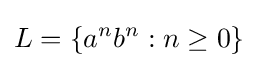
L=\{a^{n}b^{n}:n\geq 0\}